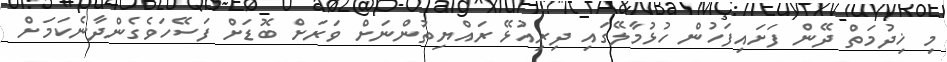
މި ޚިދުމަތް ދޭން ފަށައިފަހުން ހުޅުމާލޭގައި ދިރިއުޅޭ ރައްޔިތުންނަށް ވަރަށް ބޮޑަށް ފަސޭހަވެގެންދާނެކަމަށް